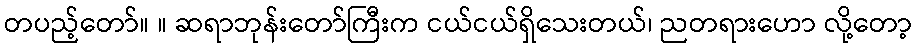
တပည့်တော်။ ။ ဆရာဘုန်းတော်ကြီးက ငယ်ငယ်ရှိသေးတယ်၊ ညတရားဟော လို့တော့